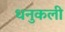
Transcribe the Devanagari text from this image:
धनुकली